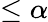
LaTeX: \leq\alpha